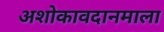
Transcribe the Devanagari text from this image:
अशोकावदानमाला